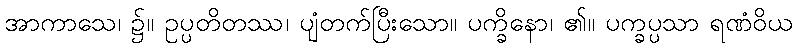
အာကာသေ၊ ၌။ ဥပ္ပတိတဿ၊ ပျံတက်ပြီးသော။ ပက္ခိနော၊ ၏။ ပက္ခပ္ပသာ ရဏံဝိယ